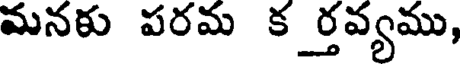
మనకు పరమ కర్తవ్యము,